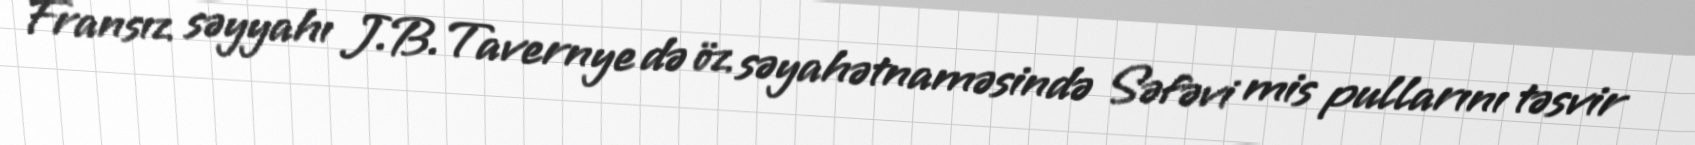
Fransız səyyahı J.B.Tavernye də öz səyahətnaməsində Səfəvi mis pullarını təsvir